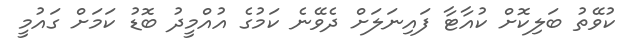
ކުވޭތު ބަލިކޮށް ކުއާޓާ ފައިނަލަށް ދެވޭނެ ކަމުގެ އުއްމީދު ބޮޑު ކަމަށް ގައުމީ